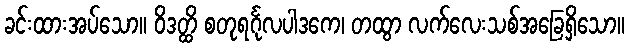
ခင်းထားအပ်သော။ ဝိဒတ္ထိ စတုရင်္ဂုလပါဒကေ၊ တထွာ လက်လေးသစ်အခြေရှိသော။